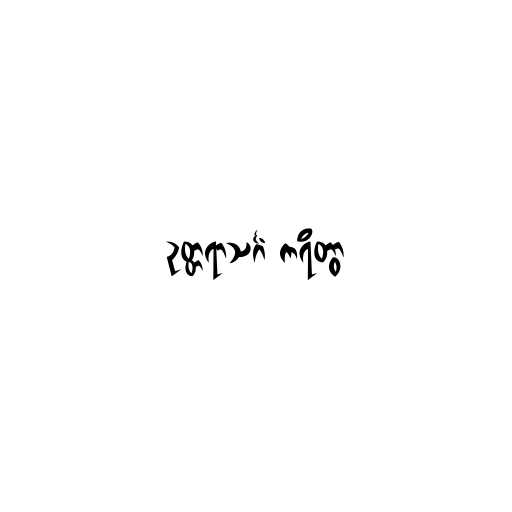
ဥတ္တရာသင်္ဂံ ကရိတွာ